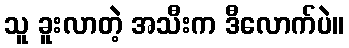
သူ ခူးလာတဲ့ အသီးက ဒီလောက်ပဲ။